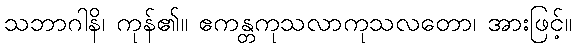
သဘာဂါနိ၊ ကုန်၏။ ဧကန္တကုသလာကုသလတော၊ အားဖြင့်။